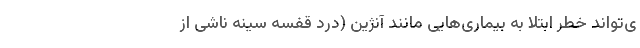
ی‌تواند خطر ابتلا به بیماری‌هایی مانند آنژین (درد قفسه سینه ناشی از